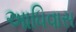
આધિવાસ